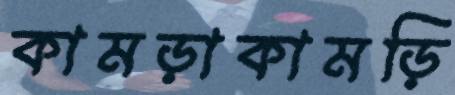
কামড়াকামড়ি